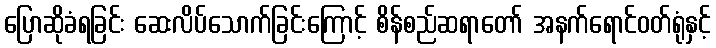
ပြောဆိုခံရခြင်း ဆေးလိပ်သောက်ခြင်းကြောင့် စိန်စည်ဆရာတော် အနက်ရောင်ဝတ်ရုံနှင့်